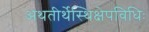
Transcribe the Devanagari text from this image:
अथतीर्थेस्थिक्षेपविधिः